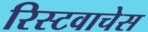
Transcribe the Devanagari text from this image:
रिस्टवाचेस